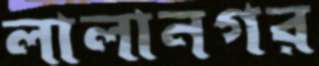
লালানগর